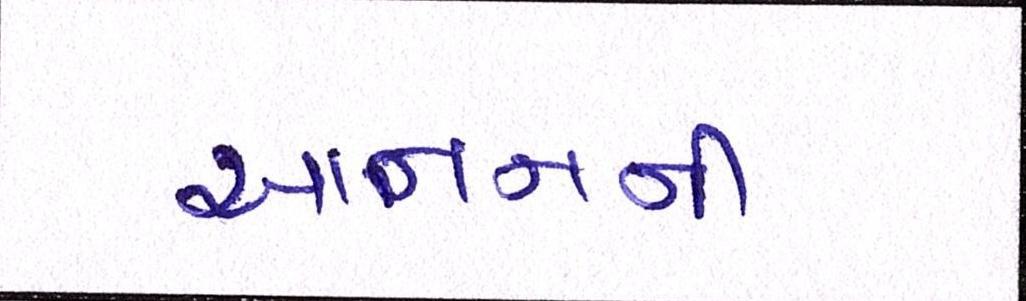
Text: આનનની